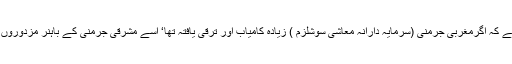
ایک سوال یہ بھی اٹھتا ہے کہ اگرمغربی جرمنی (سرمایہ دارانہ معاشی سوشلزم ) زیادہ کامیاب اور ترقی یافتہ تھا‘ اسے مشرقی جرمنی کے باہنر مزدوروں کی ضرورت کیا تھی ؟